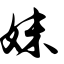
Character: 妹